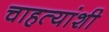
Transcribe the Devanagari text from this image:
चाहत्यांशी